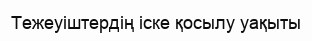
Тежеуіштердің іске қосылу уақыты